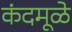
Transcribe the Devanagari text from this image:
कंदमूळे